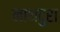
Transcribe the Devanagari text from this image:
नाथदुरा